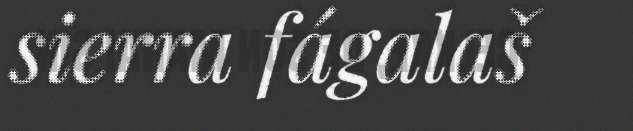
sierra fágalaš